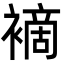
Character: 䙗